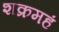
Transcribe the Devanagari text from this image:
शक्रमहं